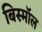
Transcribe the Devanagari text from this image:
बिस्मॉल